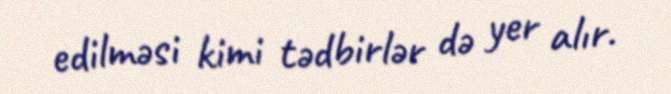
edilməsi kimi tədbirlər də yer alır.